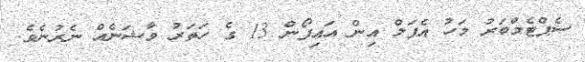
ސެޕްޓެމްބަރު މަހު އެޕަލް އިން އައިފޯން 13 ގެ ހަތަރު ވާޝަނެއް ނެރުނެވެ.